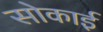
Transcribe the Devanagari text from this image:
सोकाई